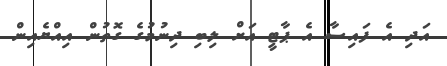
އަދި އެ ފައިސާ އެ ޕާޓީ އަށް ލިބި ދިނުމުގެ ގޮތުން އިއްޔެއިން